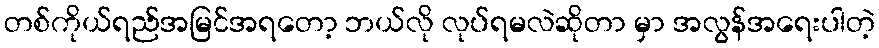
တစ်ကိုယ်ရည်အမြင်အရတော့ ဘယ်လို လုပ်ရမလဲဆိုတာ မှာ အလွန်အရေးပါတဲ့